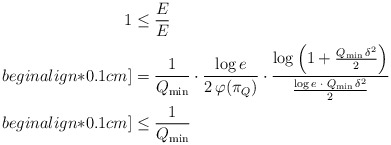
\begin{align*}1 & \leq \frac{E_{}}{E_{}} \\begin{align*}0.1cm]&= \frac{1}{Q_{\min}} \cdot \frac{\log e}{2 \, \varphi(\pi_Q)} \cdot\frac{\log \left(1 + \frac{Q_{\min} \, \delta^2}{2} \right)}{\frac{\log e\; \cdot \; Q_{\min} \, \delta^2}{2} } \\begin{align*}0.1cm]& \leq \frac{1}{Q_{\min}} \end{align*}